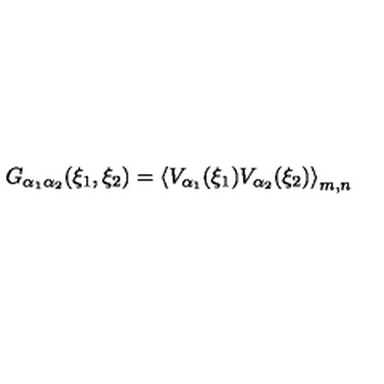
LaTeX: G _ { \alpha _ { 1 } \alpha _ { 2 } } ( \xi _ { 1 } , \xi _ { 2 } ) = \left\langle V _ { \alpha _ { 1 } } ( \xi _ { 1 } ) V _ { \alpha _ { 2 } } ( \xi _ { 2 } ) \right\rangle _ { m , n }